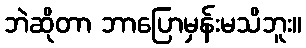
ဘဲဆိုတာ ဘာပြောမှန်းမသိဘူး။